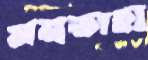
মনতাহা